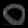
Digit: ၀